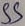
Text: SS